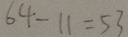
6 4 - 1 1 = 5 3